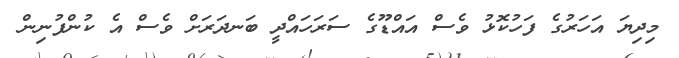
މިދިޔަ އަހަރުގެ ފަހުކޮޅު ވެސް އައްޑޫގެ ސަރަހައްދީ ބަނދަރަށް ވެސް އެ ކުންފުނިން